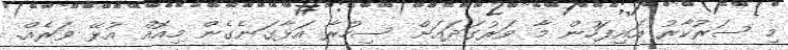
މި ސަރުކާރު އައިފަހުން މާ ވަރުގަދައަށް ސިހުރާ އަޅާގަނެގެން މިއޮއް އުޅޭ ވަރެއް.